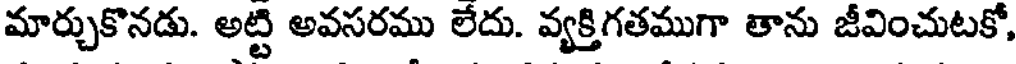
మార్చుకొనడు. అట్టి అవసరము లేదు. వ్యక్తిగతముగా తాను జీవించుటకో,